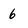
Character: 6